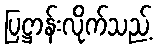
ပြဋ္ဌာန်းလိုက်သည့်